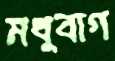
মধুবাগ